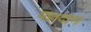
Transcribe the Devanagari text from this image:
यज्ञदान